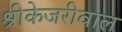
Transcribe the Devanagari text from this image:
श्रीकेजरीवाल